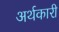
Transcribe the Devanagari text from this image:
अर्थकारी